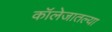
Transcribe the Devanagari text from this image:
कॉलेजातल्या